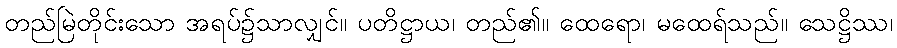
တည်မြဲတိုင်းသော အရပ်၌သာလျှင်။ ပတိဋ္ဌာယ၊ တည်၏။ ထေရော၊ မထေရ်သည်။ သေဋ္ဌိဿ၊